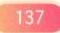
137